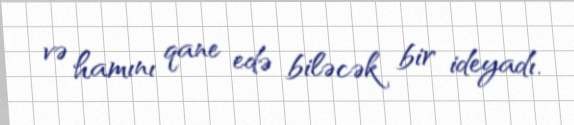
və hamını qane edə biləcək bir ideyadı.